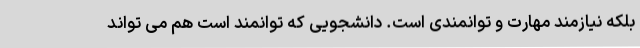
بلکه نیازمند مهارت و توانمندی است. دانشجویی که توانمند است هم می تواند